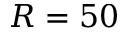
R = 5 0